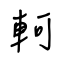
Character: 軻